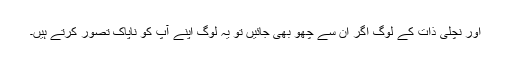
اور نچلی ذات کے لوگ اگر ان سے چھو بھی جائیں تو یہ لوگ اپنے آپ کو ناپاک تصور کرتے ہیں۔